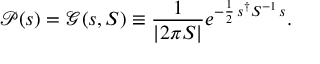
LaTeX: { \mathcal { P } } ( s ) = { \mathcal { G } } ( s , S ) \equiv { \frac { 1 } { | 2 \pi S | } } e ^ { - { \frac { 1 } { 2 } } \, s ^ { \dagger } S ^ { - 1 } \, s } .